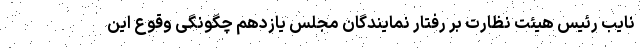
نایب رئیس هیئت نظارت بر رفتار نمایندگان مجلس یازدهم چگونگی وقوع این